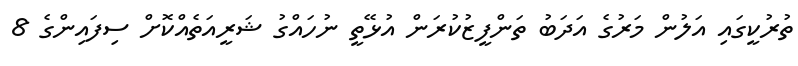
ތުރުކީގައި އަލުން މަރުގެ އަދަބު ތަންފީޒުކުރަން އުޅޭތީ ނުހައްގު ޝަރީއަތެއްކޮށް ސިފައިންގެ 8